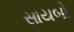
સાયબો